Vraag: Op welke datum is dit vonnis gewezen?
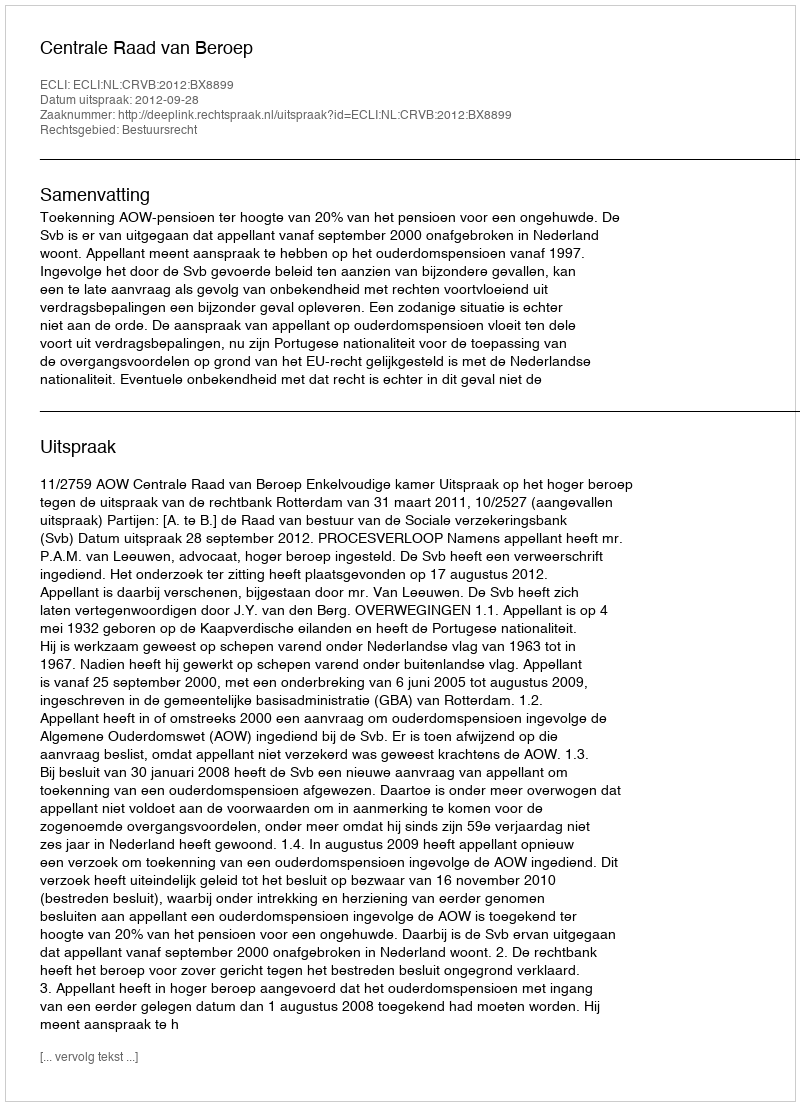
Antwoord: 2012-09-28